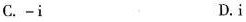
C.-i D.i